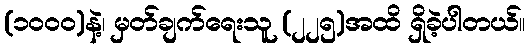
(၁၀၀၀)နဲ့၊ မှတ်ချက်ရေးသူ (၂၂၅)အထိ ရှိခဲ့ပါတယ်။